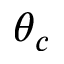
\theta _ { c }